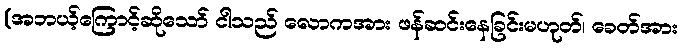
(အဘယ့်ကြောင့်ဆိုသော် ငါသည် လောကအား ဖန်ဆင်းနေခြင်းမဟုတ်၊ ခေတ်အား